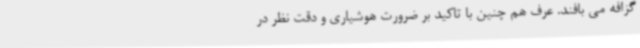
گزافه می بافند. عرف هم چنین با تاکید بر ضرورت هوشیاری و دقت نظر در